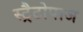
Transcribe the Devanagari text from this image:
स्ट्रैटोपाज